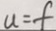
u = f